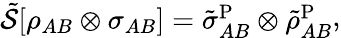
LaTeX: \begin{array}{r}{\tilde{\mathcal{S}}[\rho_{AB}\otimes\sigma_{AB}]=\tilde{\sigma}_{AB}^{\mathrm{P}}\otimes\tilde{\rho}_{AB}^{\mathrm{P}}}\end{array},